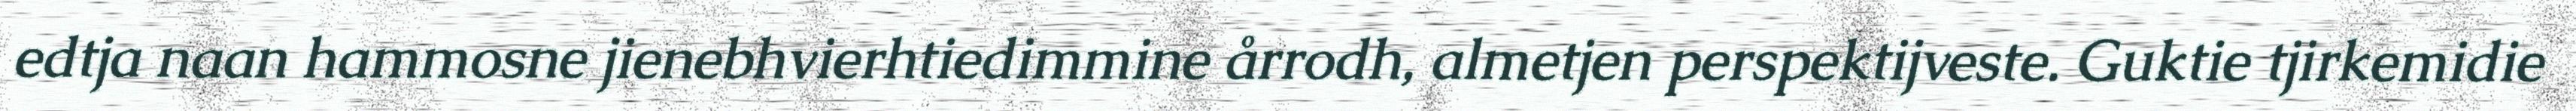
edtja naan hammosne jienebhvierhtiedimmine årrodh, almetjen perspektijveste. Guktie tjirkemidie